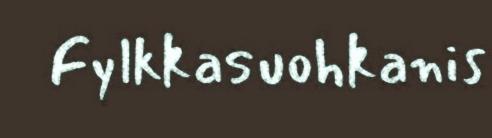
Fylkkasuohkanis